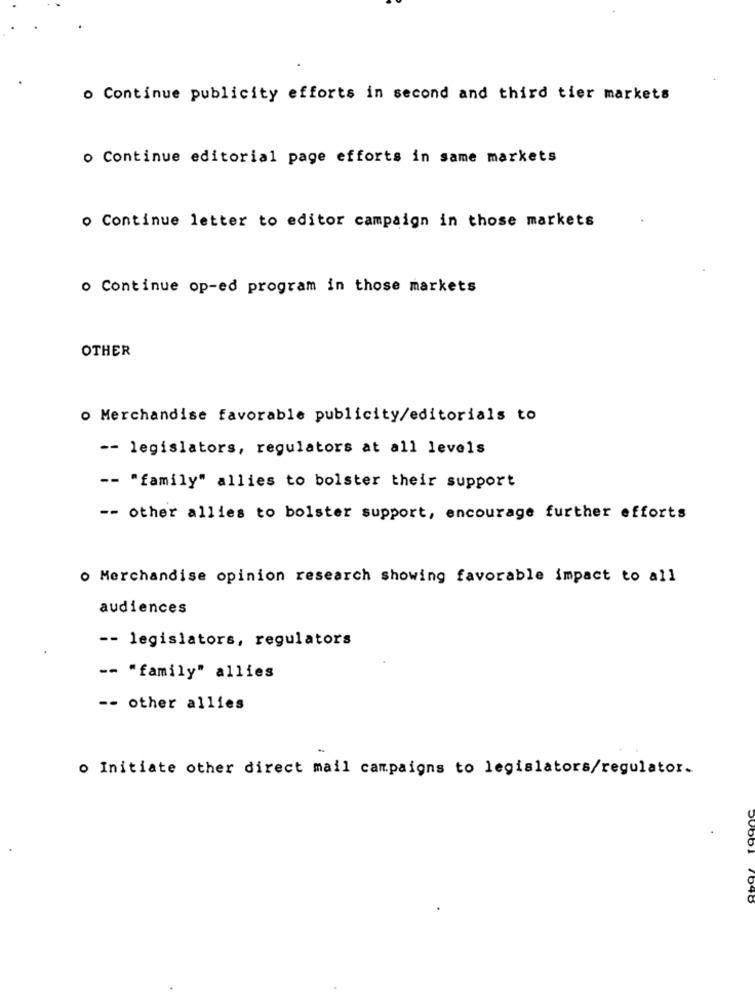
o Continue publicity efforts in second and third tier markets
o Continue editorial page efforts in same markets
o Continue letter to editor campaign in those markets
o Continue op-ed program in those markets
OTHER
o Merchandise favorable publicity/editorials to
-- legislators, regulators at all levels
-- "family" allies to bolster their support
-- other allies to bolster support, encourage further efforts
o Merchandise opinion research showing favorable impact to all
audiences
-- legislators, regulators
-- "family" allies
-- other allies
o Initiate other direct mail campaigns to legislators/regulator.
Ovoc